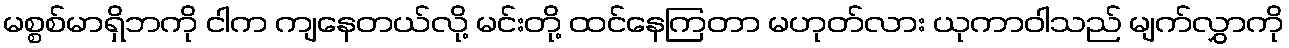
မစ္စစ်မာရှိဘကို ငါက ကျနေတယ်လို့ မင်းတို့ ထင်နေကြတာ မဟုတ်လား ယုကာဝါသည် မျက်လွှာကို